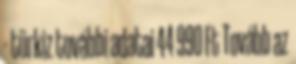
- türkiz további adatai 44 990 Ft Tovább az